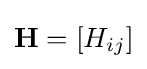
\mathbf {H} =[H_{ij}]